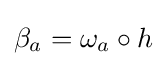
\beta _{a}=\omega _{a}\circ h